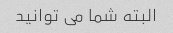
البته شما می توانید